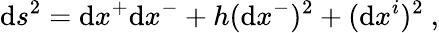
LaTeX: \mathrm{d}s^{2}=\mathrm{d}x^{+}\mathrm{d}x^{-}+h(\mathrm{d}x^{-})^{2}+(\mathrm{d}x^{i})^{2}~,